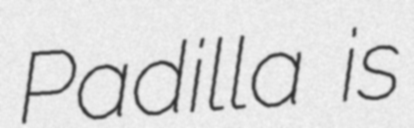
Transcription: Padilla is